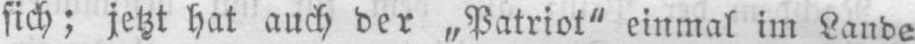
sich; jetzt hat auch der „Patriot” einmal im Lande